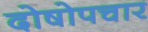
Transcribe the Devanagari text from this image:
दोषोपचार